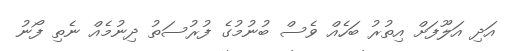
އަދި އަލޫފަށް އިތުރު ބަހެއް ވެސް ބުނުމުގެ ފުރުސަތު ދިނުމެއް ނެތި ފޯނު